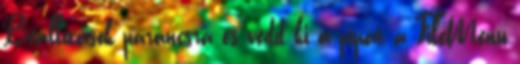
Beállítások parancsra és vedd ki a pipát a FileMenu